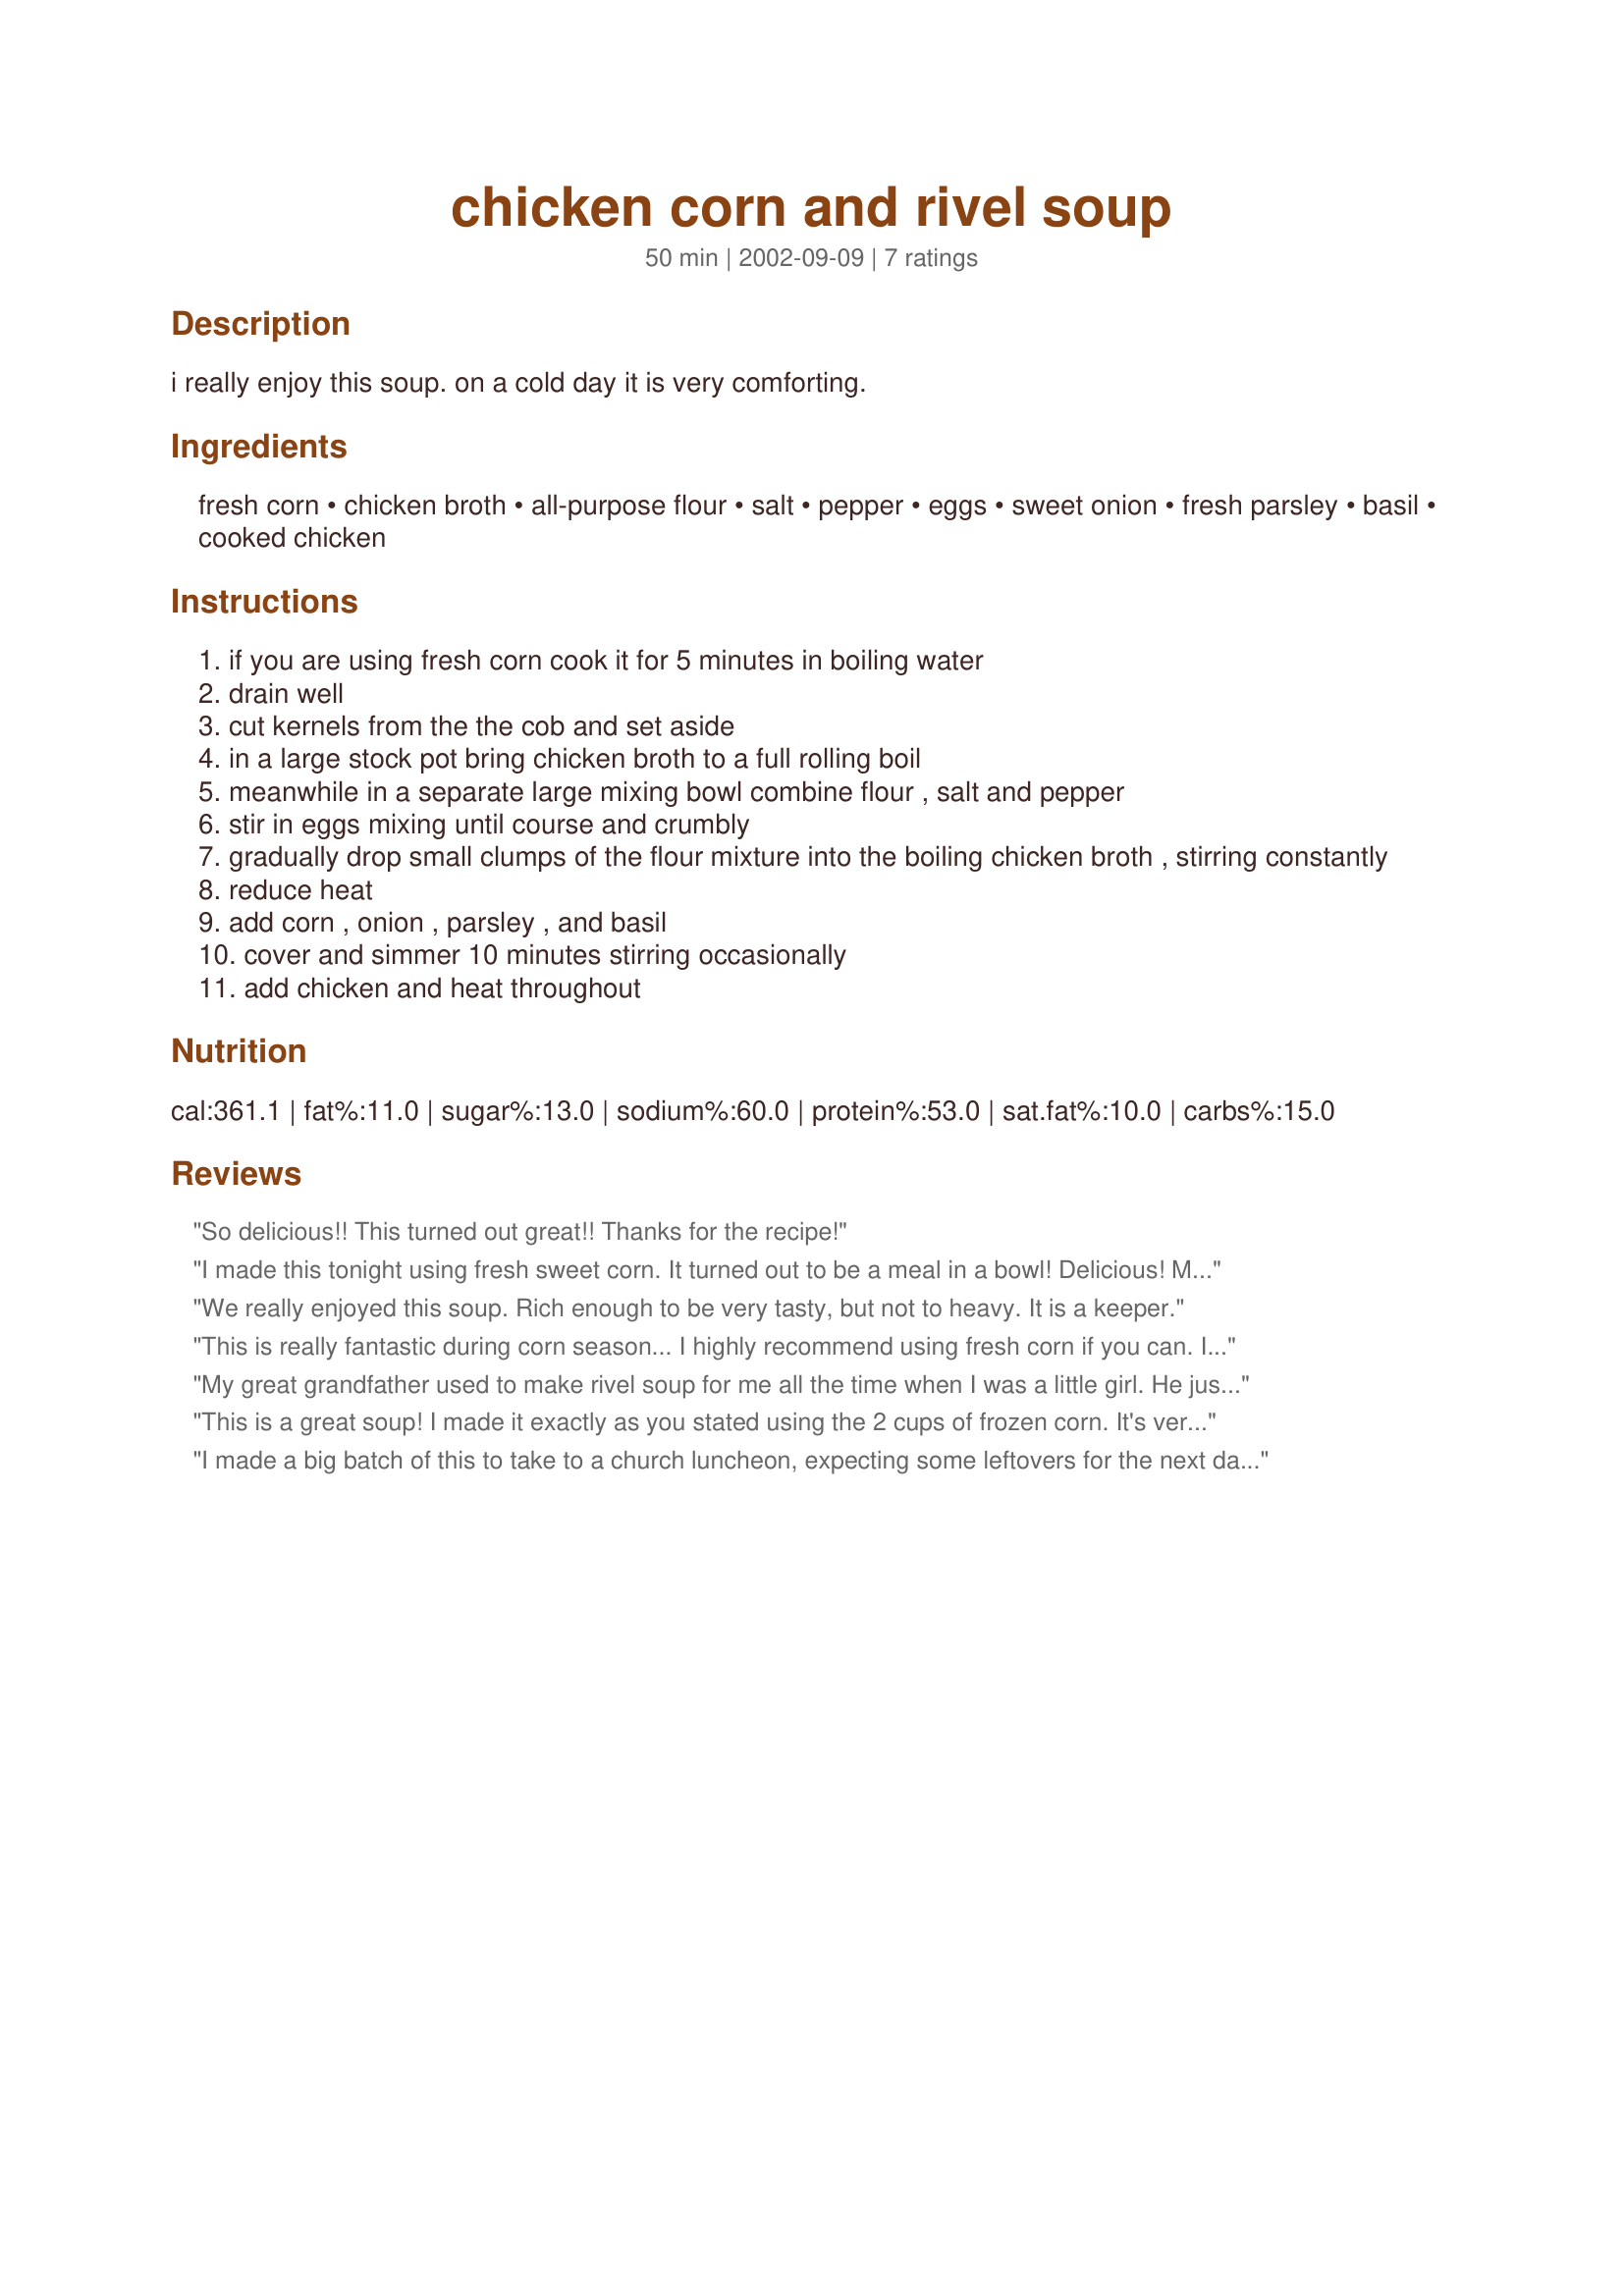
chicken corn and rivel soup
Preparation time: 50 minutes

i really enjoy this soup. on a cold day it is very comforting.

Ingredients:
fresh corn, chicken broth, all-purpose flour, salt, pepper, eggs, sweet onion, fresh parsley, basil, cooked chicken

Steps:
if you are using fresh corn cook it for 5 minutes in boiling water
drain well
cut kernels from the the cob and set aside
in a large stock pot bring chicken broth to a full rolling boil
meanwhile in a separate large mixing bowl combine flour , salt and pepper
stir in eggs mixing until course and crumbly
gradually drop small clumps of the flour mixture into the boiling chicken broth , stirring constantly
reduce heat
add corn , onion , parsley , and basil
cover and simmer 10 minutes stirring occasionally
add chicken and heat throughout

Reviews:
So delicious!! This turned out great!! Thanks for the recipe!
I made this tonight using fresh sweet corn. It turned out to be a meal in a bowl! Delicious! My husband said this was a perfect alternative to his favorite chicken and dumplings. I followed other reviewer's suggestion and sweated the onions and celery before combining with the soup stock. A quick meal and a great way to use up cooked chicken. Thx for sharing.
We really enjoyed this soup. Rich enough to be very tasty, but not to heavy. It is a keeper.
This is really fantastic during corn season... I highly recommend using fresh corn if you can. It's a simple recipe, but still very hearty and tasty.

I've made this soup twice and the only change I'd recommend is to use 1.5 cups of flour with the two eggs instead. I also forgot to get fresh herbs at the store, but it still tasted fine using dried.

Oh, I also added some chopped celery at the beginning and I can't recommend that enough either. If added early, it gives a lot of body to the broth.
My great grandfather used to make rivel soup for me all the time when I was a little girl. He just made it with chicken stock and the rivels...in all these years I never thought of adding anything to the soup. This was wonderful Ruth...and it brought back some great memories of my grandfather! Thank you.
This is a great soup! I made it exactly as you stated using the 2 cups of frozen corn. It's very easy to make and perfect for a cold day. Thank you, Ruth for sharing this, I'll be making this many times. :-)

I made a big batch of this to take to a church luncheon, expecting some leftovers for the next day. No such luck -- it was all gone. Now I'll have to make more.
